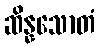
ဆိန္နသောတံ